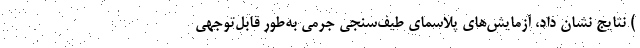
) نتایج نشان داد، آزمایش‌های پلاسمای طیف‌سنجی جرمی به‌طور قابل‌توجهی